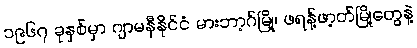
၁၉၆၇ ခုနှစ်မှာ ဂျာမနီနိုင်ငံ မားဘာ့ဂ်မြို့၊ ဖရန့်ဖာ့တ်မြို့တွေနဲ့